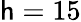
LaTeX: \mathsf{h}=15